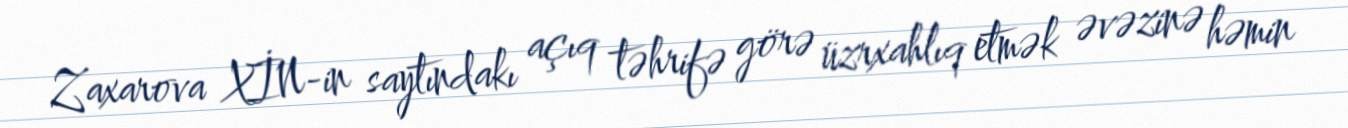
Zaxarova XİN-in saytındakı açıq təhrifə görə üzrxahlıq etmək əvəzinə həmin